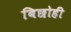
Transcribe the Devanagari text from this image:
बिछोही